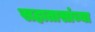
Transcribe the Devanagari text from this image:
सहातासांच्या